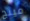
مينج